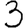
Digit: 3